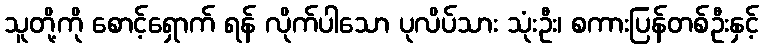
သူတို့ကို စောင့်ရှောက် ရန် လိုက်ပါသော ပုလိပ်သား သုံးဦး၊ စကားပြန်တစ်ဦးနှင့်